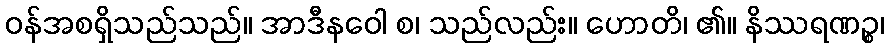
ဝန်အစရှိသည်သည်။ အာဒီနဝေါ စ၊ သည်လည်း။ ဟောတိ၊ ၏။ နိဿရဏဉ္စ၊